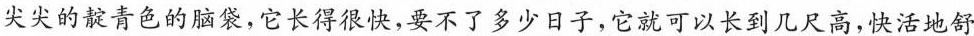
尖尖的靛青色的脑袋，它长得很快，要不了多少日子，它就可以长到几尺高，快活地舒